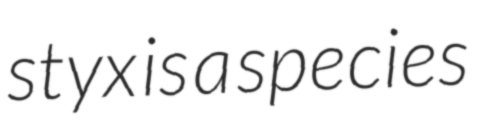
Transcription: styx is a species